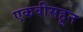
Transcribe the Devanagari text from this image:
एकवीसहून